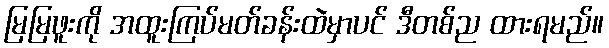
မြမြဖူးကို အထူးကြပ်မတ်ခန်းထဲမှာပင် ဒီတစ်ည ထားရမည်။